Medical and sanitary report of the native army of Bengal for the year
Year: 1875
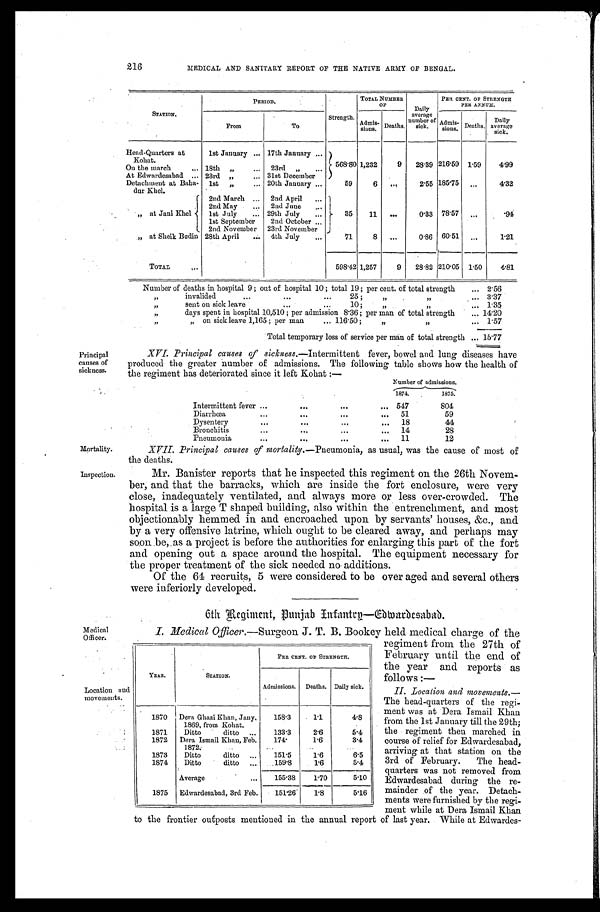
Mortality.
Inspection.
216
MEDICAL AND SANITARY REPORT OF THE NATIVE ARMY OF BENGAL.
Principal
causes of
sickness.
STATION.
PERIOD.
Strength.
TOTAL NUMBER
O F
Daily
average
number of
sick.
PER CENT. OF STRENGTH
PER ANNUM.
Admis-sions. Deaths.
A d m i s - s i o n s .
Deaths.
Daily
average
sick.
From
To
Head-Quarters at
K o h a t .
1st January
17th January
568.80 1,232
9
28.39 216.59 1.59
4 . 9 9
On the march
18th "
23rd
"
At Edwardesabad
23rd
" 31st December
Detachment at Baha-
dur Khel.
1st
" 20th January
59
6
. . .
2.55 185.75
. . .
4 . 3 2
" a t J a n i K h e l
2nd March
2nd April
35
11 ...
0.33 78.57 ...
.94
2nd May
2nd June
lst July
29th July
1st September
2nd October
2nd November 23rd November
„ at Sheik Budin 28th April
4th July
71
8 ...
0.86 60.51
. . .
1.21
TOTAL
598.42 1,257
9
28.82 210.05 1.50
4.81
Number of deaths in hospital 9; out of hospital 10; total 19; per cent. of total strength
2.56
" invalided 25; ""
3.37
" s e n t o n s i c k l e a v e 1 0 ; "
"
1.35
" days spent in hospital 10,510; per admission 8.36; per man of total strength
14.20
" " on sick leave 1,165; per man 116.50; " " 1.57
Total temporary loss of service per man of total strength
15.77
XVI. Principal causes of sickness.—Intermittent fever, bowel and lung diseases have
produced the greater number of admissions. The following table shows how the health of
the regiment has deteriorated since it left Kohat:—
Number of admissions.
1874.
1875.
Intermittent fever
547
804
Diarrhœa
51
59
Dysentery
18
44
Bronchitis
14
28
Pneumonia
11
1 2
XVII. Principal causes of mortality.—Pneumonia, as usual, was the cause of most of
the deaths.
Mr. Banister reports that he inspected this regiment on the 26th Novem-
-ber, and that the barracks, which are inside the fort enclosure, were very
close, inadequately ventilated, and always more or less over-crowded. The
hospital is a large T shaped building, also within the entrenchment, and most
objectionably hemmed in and encroached upon by servants' houses, &c., and
by a very offensive latrine, which ought to be cleared away, and perhaps may
soon be, as a project is before the authorities for enlarging this part of the fort
and opening out a space around the hospital. The equipment necessary for
the proper treatment of the sick needed no additions.
Of the 64 recruits, 5 were considered to be over aged and several others
were inferiorly developed.
Medical
Officer.
Location and
movements.
6th Regiment, Punjab Infantry—Edwardesabad.
I. Medical Officer.— Surgeon J. T. B. Bookey held medical charge of the
regiment from the 27th of
February until the end of
the year and reports as
follows : —
II. Location and movements.
— The head-quarters of the regi-
- m e n t w a s a t D e r a I s m a i l K h a n
from the 1st January till the 29th;
the regiment then marched in
course of relief for Edwardesabad,
arriving at that station on the
3rd of February. The head--
quarters was not removed from
Edwardesabad during the re--
mainder of the year. Detach--
ments were furnished by the regi-
ment while at Dera Ismail Khan
to the frontier outposts mentioned in the annual report of last year. While at Edwardes-
YEAR.
STATION.
PER CENT. OF STRENGTH.
Admissions. Deaths. Daily sick.
1870 Dera Ghazi Khan, Jany.
1869, from Kohat.
158.3
1.1
4.8
1871
Ditto
ditto
133.3
2.6
5.4
1872 Dera Ismail Khan, Feb.
1872.
174.
1.6
3.4
1873
Ditto
ditto
151.5
1.6
6.5
1874
Ditto
ditto
159.8
1.6
5.4
Average
155.38
1.70
5.10
1875 Edwardesabad, 3rd Feb.
151.26
1.8
5.16